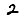
Digit: 2